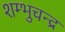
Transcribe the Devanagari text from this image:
शम्भुचन्द्र